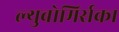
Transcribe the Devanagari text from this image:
ल्युबोमिर्सका